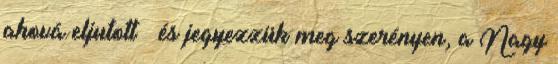
ahová eljutott – és jegyezzük meg szerényen, a Nagy